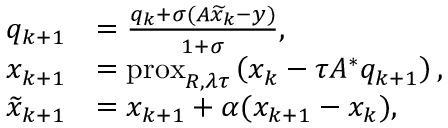
\begin{array} { r l } { q _ { k + 1 } } & { = \frac { q _ { k } + \sigma ( A \widetilde { x } _ { k } - y ) } { 1 + \sigma } , } \\ { x _ { k + 1 } } & { = \mathrm { p r o x } _ { R , \lambda \tau } \left( x _ { k } - \tau A ^ { * } q _ { k + 1 } \right) , } \\ { \widetilde { x } _ { k + 1 } } & { = x _ { k + 1 } + \alpha ( x _ { k + 1 } - x _ { k } ) , } \end{array}